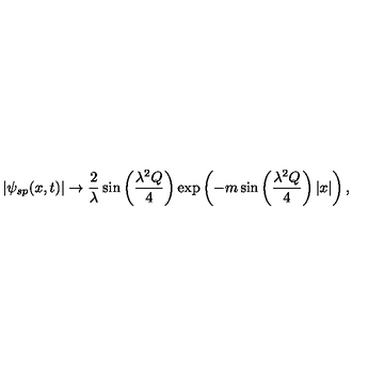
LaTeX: | \psi _ { s p } ( x , t ) | \rightarrow \frac { 2 } { \lambda } \sin \left( \frac { \lambda ^ { 2 } Q } { 4 } \right) \exp \left( - m \sin \left( \frac { \lambda ^ { 2 } Q } { 4 } \right) | x | \right) ,